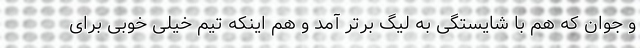
و جوان که هم با شایستگی به لیگ برتر آمد و هم اینکه تیم خیلی خوبی برای